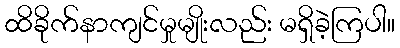
ထိခိုက်နာကျင်မှုမျိုးလည်း မရှိခဲ့ကြပါ။